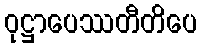
ဝုဋ္ဌာပေဿတီတိပေ